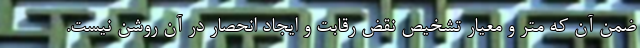
ضمن آن که متر و معیار تشخیص نقض رقابت و ایجاد انحصار در آن روشن نیست.